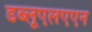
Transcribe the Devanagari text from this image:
डब्लूएलएएन